Vaccine operations Central Provinces & Berar 1922-1929 - 1922-1929
Year: 1922
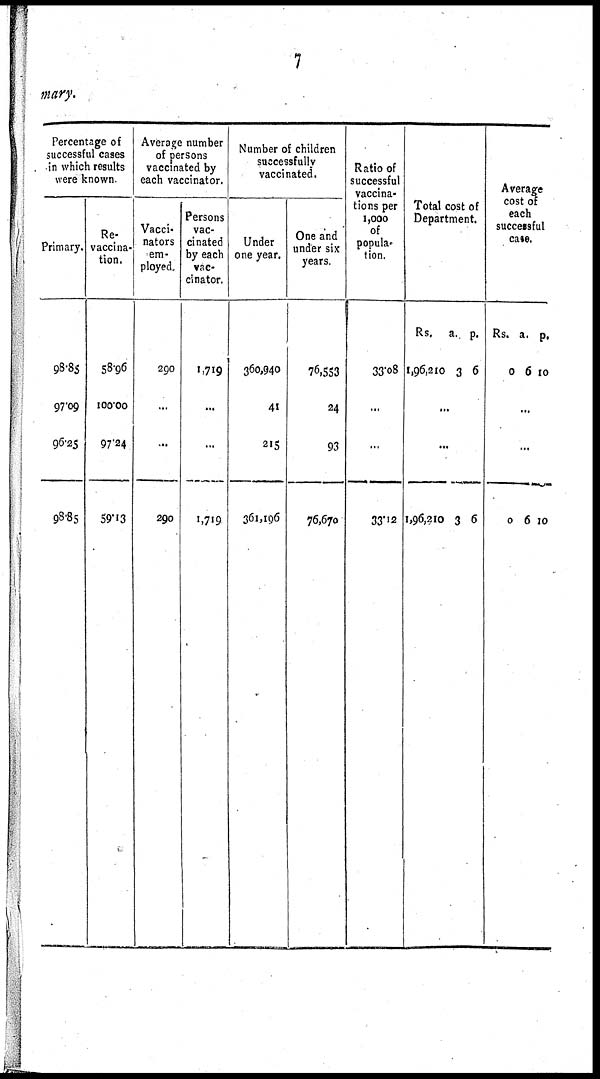
7
mary.
Percentage of
successful cases
in which results
were known
Primary.
98.85
97.09
96.25
98.85
Re¬
vaccina¬
tion.
58.96
100.00
97.24
59.13
Average number
of persons
vaccinated by
each vaccinator.
Vacci¬
nators
em-
ployed.
290
...
...
290
Persons
vac-
cinated
by each
vac-
cinator.
1,719
...
...
1,719
Number of children
successfully
vaccinated.
Under
one year.
360,940
41
215
361,196
One and
under six
years.
76,553
24
93
76,670
Ratio of
successful
vaccina-
tions per
1,000
of
popula¬
tion.
33.08
...
...
33.12
Total cost of
Department.
Rs.
1,96,210
a.
3
p.
6
...
...
1,96,210 3 6
Average
cost of
each
successful
case.
Rs.
0
a.
6
p.
10
...
...
0 6 10